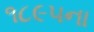
૧૮૯૫ના